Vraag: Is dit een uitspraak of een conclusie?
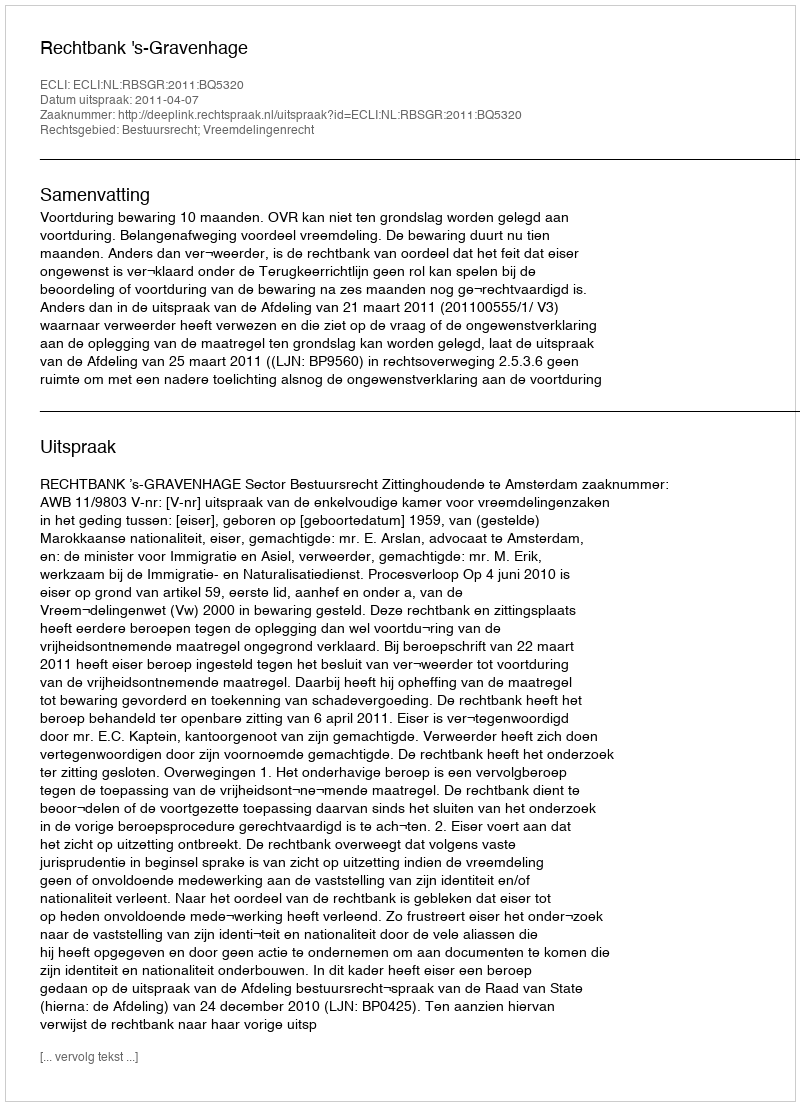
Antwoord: Uitspraak